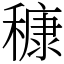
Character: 穅